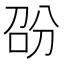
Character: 𭇱